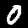
Label: 0